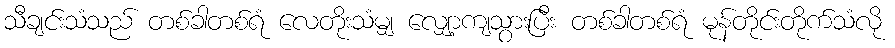
သီချင်းသံသည် တစ်ခါတစ်ရံ လေတိုးသံမျှ လျှော့ကျသွားပြီး တစ်ခါတစ်ရံ မုန်တိုင်းတိုက်သံလို